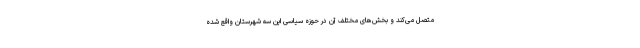
متصل می‌کند و بخش‌های مختلف آن در حوزه سیاسی این سه شهرستان واقع شده